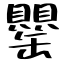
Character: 罌